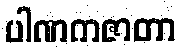
ပါဏကဇာတာ